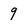
Character: 9